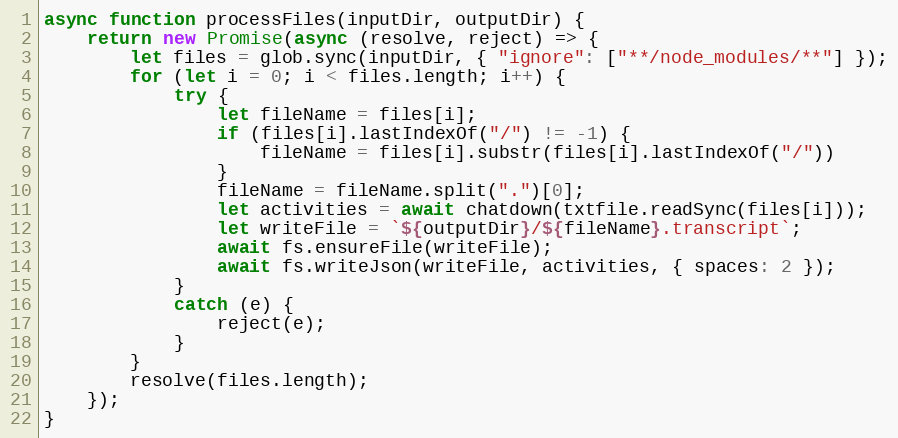
Language: JavaScript
async function processFiles(inputDir, outputDir) {
    return new Promise(async (resolve, reject) => {
        let files = glob.sync(inputDir, { "ignore": ["**/node_modules/**"] });
        for (let i = 0; i < files.length; i++) {
            try {
                let fileName = files[i];
                if (files[i].lastIndexOf("/") != -1) {
                    fileName = files[i].substr(files[i].lastIndexOf("/"))
                }
                fileName = fileName.split(".")[0];
                let activities = await chatdown(txtfile.readSync(files[i]));
                let writeFile = `${outputDir}/${fileName}.transcript`;
                await fs.ensureFile(writeFile);
                await fs.writeJson(writeFile, activities, { spaces: 2 });
            }
            catch (e) {
                reject(e);
            }
        }
        resolve(files.length);
    });
}